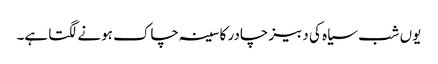
یوں شب سیاہ کی دبیز چادر کا سینہ چاک ہونے لگتا ہے۔